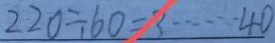
2 2 0 \div 6 0 = 3 \cdots 4 0